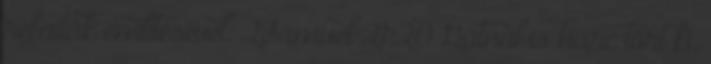
refaiták említésével: 2Sámuel 21:20 Gátnál is harc tört ki.